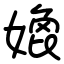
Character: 嫓